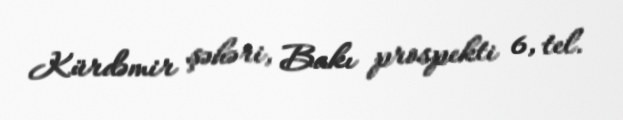
Kürdəmir şəhəri, Bakı prospekti 6, tel.